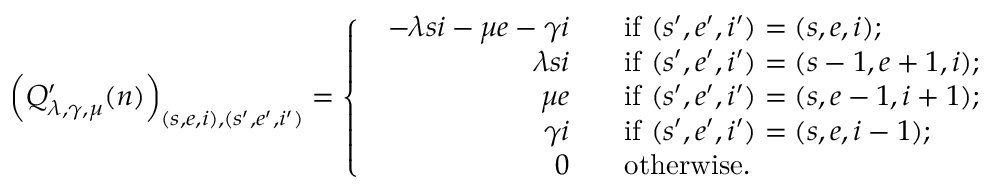
\left( Q _ { \lambda , \gamma , \mu } ^ { \prime } ( n ) \right) _ { ( s , e , i ) , ( s ^ { \prime } , e ^ { \prime } , i ^ { \prime } ) } = \left\{ \begin{array} { l l } { \begin{array} { r l } { - \lambda s i - \mu e - \gamma i \; \; } & { \mathrm { ~ i f ~ } ( s ^ { \prime } , e ^ { \prime } , i ^ { \prime } ) = ( s , e , i ) ; } \\ { \lambda s i \; \; } & { \mathrm { ~ i f ~ } ( s ^ { \prime } , e ^ { \prime } , i ^ { \prime } ) = ( s - 1 , e + 1 , i ) ; } \\ { \mu e \; \; } & { \mathrm { ~ i f ~ } ( s ^ { \prime } , e ^ { \prime } , i ^ { \prime } ) = ( s , e - 1 , i + 1 ) ; } \\ { \gamma i \; \; } & { \mathrm { ~ i f ~ } ( s ^ { \prime } , e ^ { \prime } , i ^ { \prime } ) = ( s , e , i - 1 ) ; } \\ { 0 \; \; } & { \mathrm { ~ o t h e r w i s e . } } \end{array} } \end{array} \right.